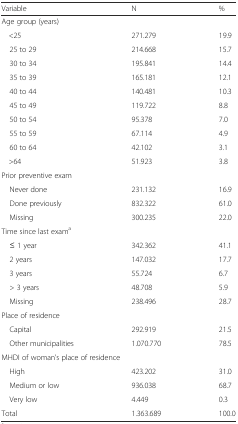
<table><thead><tr><td><b>Variable</b></td><td><b>N</b></td><td><b>%</b></td></tr></thead><tbody><tr><td colspan="3">Age group (years)</td></tr><tr><td>&lt;25</td><td>271.279</td><td>19.9</td></tr><tr><td> 25 to 29</td><td>214.668</td><td>15.7</td></tr><tr><td> 30 to 34</td><td>195.841</td><td>14.4</td></tr><tr><td> 35 to 39</td><td>165.181</td><td>12.1</td></tr><tr><td> 40 to 44</td><td>140.481</td><td>10.3</td></tr><tr><td> 45 to 49</td><td>119.722</td><td>8.8</td></tr><tr><td> 50 to 54</td><td>95.378</td><td>7.0</td></tr><tr><td> 55 to 59</td><td>67.114</td><td>4.9</td></tr><tr><td> 60 to 64</td><td>42.102</td><td>3.1</td></tr><tr><td>&gt;64</td><td>51.923</td><td>3.8</td></tr><tr><td colspan="3">Prior preventive exam</td></tr><tr><td> Never done</td><td>231.132</td><td>16.9</td></tr><tr><td> Done previously</td><td>832.322</td><td>61.0</td></tr><tr><td> Missing </td><td>300.235</td><td>22.0</td></tr><tr><td colspan="3">Time since last exam<sup>a</sup></td></tr><tr><td> ≤ 1 year</td><td>342.362</td><td>41.1</td></tr><tr><td> 2 years</td><td>147.032</td><td>17.7</td></tr><tr><td> 3 years</td><td>55.724</td><td>6.7</td></tr><tr><td> &gt; 3 years</td><td>48.708</td><td>5.9</td></tr><tr><td> Missing </td><td>238.496</td><td>28.7</td></tr><tr><td colspan="3">Place of residence</td></tr><tr><td> Capital</td><td>292.919</td><td>21.5</td></tr><tr><td> Other municipalities</td><td>1.070.770</td><td>78.5</td></tr><tr><td colspan="3">MHDI of woman’s place of residence</td></tr><tr><td> High</td><td>423.202</td><td>31.0</td></tr><tr><td> Medium or low</td><td>936.038</td><td>68.7</td></tr><tr><td> Very low</td><td>4.449</td><td>0.3</td></tr><tr><td>Total</td><td>1.363.689</td><td>100.0</td></tr></tbody></table>